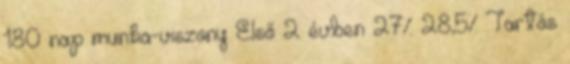
180 nap munka-viszony Első 2 évben 27% 28,5% Tartós